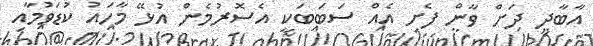
އާބާދީ ދަށް ވާން ފެށި އެއް ސަބަބަކީ އެސޮރުމެން އުޅޭ މާހައު ކުޑަވުމާއި